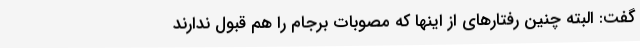
گفت: البته چنین رفتارهای از اینها که مصوبات برجام را هم قبول ندارند